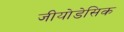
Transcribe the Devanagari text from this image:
जीयोडेसिक